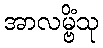
အာလမ္ဗိံသု